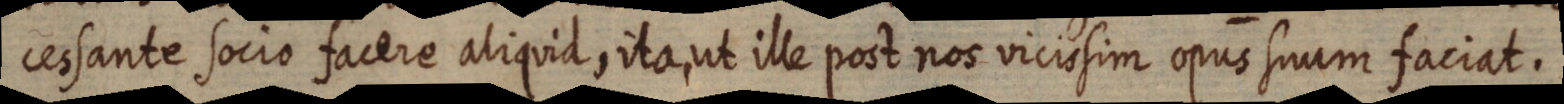
cessante socio facere aliquid, ita, ut ille post nos vicissim opus suum faciat.